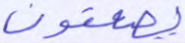
يصعقون